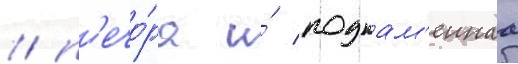
/ п'ечо́ра и́ подкам'еннаа